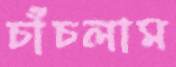
চাঁচলাম